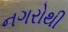
નગરોથી